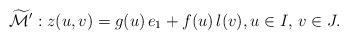
LaTeX: \begin{align*} \widetilde{\mathcal{M}}': z(u,v) = g(u) \,e_1 + f(u)\, l(v), u \in I, \, v \in J.\end{align*}